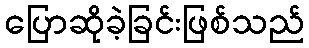
ပြောဆိုခဲ့ခြင်းဖြစ်သည်